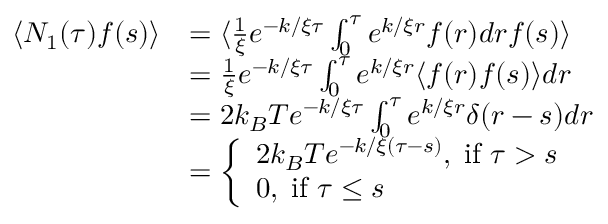
\begin{array} { r l } { \langle N _ { 1 } ( \tau ) f ( s ) \rangle } & { = \langle \frac { 1 } { \xi } e ^ { - k / \xi \tau } \int _ { 0 } ^ { \tau } e ^ { k / \xi r } f ( r ) d r f ( s ) \rangle } \\ & { = \frac { 1 } { \xi } e ^ { - k / \xi \tau } \int _ { 0 } ^ { \tau } e ^ { k / \xi r } \langle f ( r ) f ( s ) \rangle d r } \\ & { = 2 k _ { B } T e ^ { - k / \xi \tau } \int _ { 0 } ^ { \tau } e ^ { k / \xi r } \delta ( r - s ) d r } \\ & { = \left\{ \begin{array} { l l } { 2 k _ { B } T e ^ { - k / \xi ( \tau - s ) } , \; \mathrm { i f ~ } \tau > s } \\ { 0 , \; \mathrm { i f ~ } \tau \leq s } \end{array} \right. } \end{array}